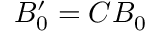
B _ { 0 } ^ { \prime } = C B _ { 0 }